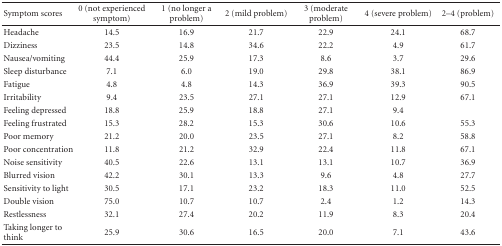
<table><thead><tr><td><b>Symptom scores</b></td><td><b>0 (not experienced symptom)</b></td><td><b>1 (no longer a problem)</b></td><td><b>2 (mild problem)</b></td><td><b>3 (moderate problem)</b></td><td><b>4 (severe problem)</b></td><td><b>2–4 (problem)</b></td></tr></thead><tbody><tr><td>Headache</td><td> 14.5</td><td>16.9</td><td>21.7</td><td> 22.9</td><td> 24.1</td><td>68.7</td></tr><tr><td>Dizziness</td><td> 23.5</td><td>14.8</td><td>34.6</td><td> 22.2</td><td> 4.9</td><td>61.7</td></tr><tr><td>Nausea/vomiting</td><td> 44.4</td><td>25.9</td><td>17.3</td><td> 8.6</td><td> 3.7</td><td>29.6</td></tr><tr><td>Sleep disturbance</td><td> 7.1</td><td>6.0</td><td>19.0</td><td> 29.8</td><td> 38.1</td><td>86.9</td></tr><tr><td>Fatigue</td><td> 4.8</td><td>4.8</td><td>14.3</td><td> 36.9</td><td> 39.3</td><td>90.5</td></tr><tr><td>Irritability</td><td> 9.4</td><td>23.5</td><td>27.1</td><td> 27.1</td><td> 12.9</td><td>67.1</td></tr><tr><td>Feeling depressed</td><td> 18.8</td><td>25.9</td><td>18.8</td><td> 27.1</td><td> 9.4</td><td></td></tr><tr><td>Feeling frustrated</td><td> 15.3</td><td>28.2</td><td>15.3</td><td> 30.6</td><td> 10.6</td><td>55.3</td></tr><tr><td>Poor memory</td><td> 21.2</td><td>20.0</td><td>23.5</td><td> 27.1</td><td> 8.2</td><td>58.8</td></tr><tr><td>Poor concentration</td><td> 11.8</td><td>21.2</td><td>32.9</td><td> 22.4</td><td> 11.8</td><td>67.1</td></tr><tr><td>Noise sensitivity</td><td> 40.5</td><td>22.6</td><td>13.1</td><td> 13.1</td><td> 10.7</td><td>36.9</td></tr><tr><td>Blurred vision</td><td> 42.2</td><td>30.1</td><td>13.3</td><td> 9.6</td><td> 4.8</td><td>27.7</td></tr><tr><td>Sensitivity to light</td><td> 30.5</td><td>17.1</td><td>23.2</td><td> 18.3</td><td> 11.0</td><td>52.5</td></tr><tr><td>Double vision</td><td> 75.0</td><td>10.7</td><td>10.7</td><td> 2.4</td><td> 1.2</td><td>14.3</td></tr><tr><td>Restlessness</td><td> 32.1</td><td>27.4</td><td>20.2</td><td> 11.9</td><td> 8.3</td><td>20.4</td></tr><tr><td>Taking longer to think</td><td> 25.9</td><td>30.6</td><td>16.5</td><td> 20.0</td><td> 7.1</td><td>43.6</td></tr></tbody></table>